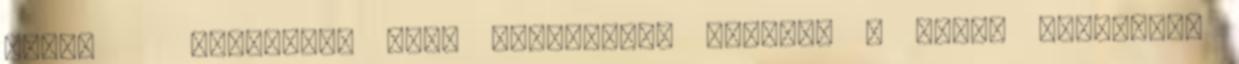
Csuri Bariildi: Vhol kommentben idéztem a lelki tükörből,